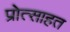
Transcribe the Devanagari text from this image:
प्रोत्साहत